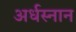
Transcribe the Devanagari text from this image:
अर्धस्नान